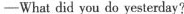
-What did you do yesterday?